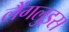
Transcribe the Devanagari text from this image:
लैंगलुइस